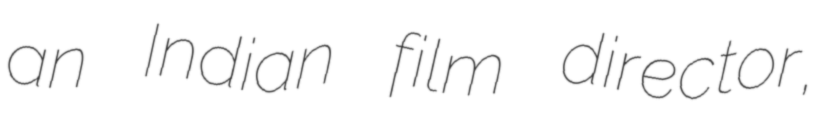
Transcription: an Indian film director,